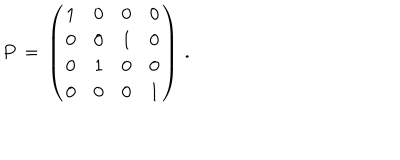
LaTeX: P \, = \, \left( \begin{array} { c c c c } { { 1 } } & { { 0 } } & { { 0 } } & { { 0 } } \\ { { 0 } } & { { 0 } } & { { 1 } } & { { 0 } } \\ { { 0 } } & { { 1 } } & { { 0 } } & { { 0 } } \\ { { 0 } } & { { 0 } } & { { 0 } } & { { 1 } } \\ \end{array} \right) \, .